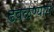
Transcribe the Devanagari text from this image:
ढवळण्यास